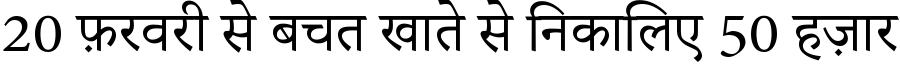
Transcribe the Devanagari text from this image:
20 फ़रवरी से बचत खाते से निकालिए 50 हज़ार